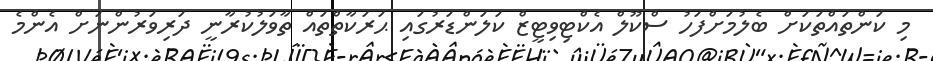
މި ކަންތައްތަކަށް ބެލުމަށްފަހު ސްކޫލް އެކްޓިވިޓީޒް ކަލަންޑަރުގައި ޙަރަކާތްތައް ތާވަލުކުރާނީ ދަރިވަރުންނަށް އެންމެ